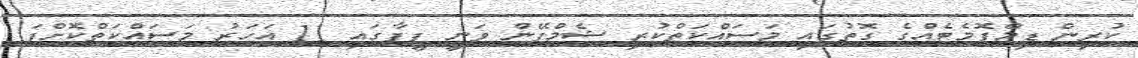
ކުރިން ޑިމްޕޮމެޓެއްގެ ގޮތުގައި މަސަައްކަތްކުރި ޝެމްޕޭން ވަނީ ފީފާގައި 11 އަހަރު މަސައްކަތްކޮށްފަ